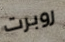
روبرت